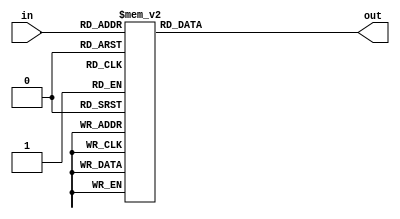
`ifndef DISPLAYDECODER_V
`define DISPLAYDECODER_V

module DisplayDecoder(
    input [3:0] in,
    output reg [0:6] out
);

    always @(in) begin
        case (in[3:0])
            4'b0000: out = 7'b0000001; // 0
            4'b0001: out = 7'b1001111; // 1
            4'b0010: out = 7'b0010010; // 2
            4'b0011: out = 7'b0000110; // 3
            4'b0100: out = 7'b1001100; // 4
            4'b0101: out = 7'b0100100; // 5
            4'b0110: out = 7'b0100000; // 6
            4'b0111: out = 7'b0001111; // 7
            4'b1000: out = 7'b0000000; // 8
            4'b1001: out = 7'b0000100; // 9
            4'b1010: out = 7'b0001000; // A
            4'b1011: out = 7'b1100000; // b
            4'b1100: out = 7'b0110001; // C
            4'b1101: out = 7'b1000010; // d
            4'b1110: out = 7'b0110000; // E
            4'b1111: out = 7'b0111000; // F
            default: out = 7'b0000000;
        endcase
    end
    
endmodule

`endif